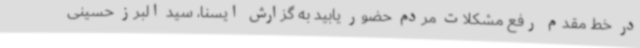
در خط مقدم رفع مشکلات مردم حضور یابید به گزارش ایسنا، سید البرز حسینی